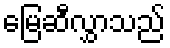
မြေဆီလွှာသည်